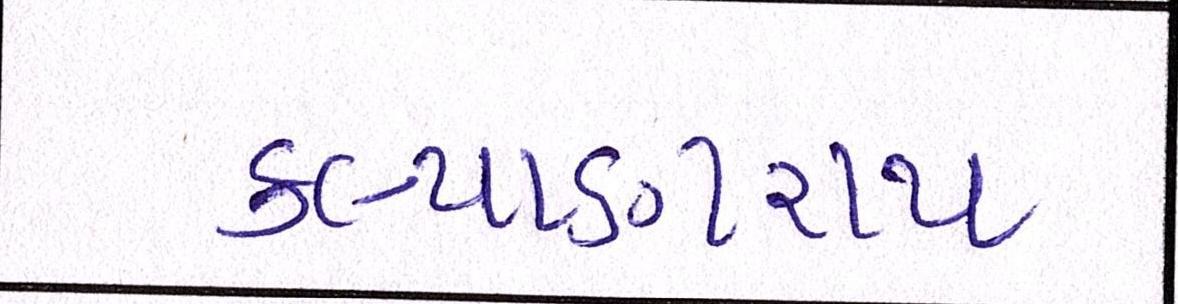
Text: કલ્યાણરાય